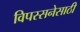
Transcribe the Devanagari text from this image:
विपस्सनेसाठी